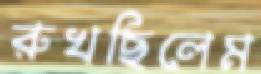
রুখছিলেম